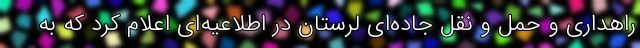
راهداری و حمل‌ و نقل جاده‌ای لرستان در اطلاعیه‌ای اعلام کرد که به